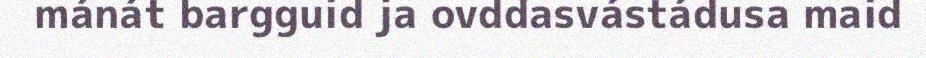
mánát bargguid ja ovddasvástádusa maid